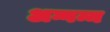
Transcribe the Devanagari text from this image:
अग्गम्म